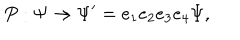
LaTeX: P : \Psi \rightarrow \Psi ^ { \prime } = e _ { 1 } e _ { 2 } e _ { 3 } e _ { 4 } \Psi ,